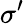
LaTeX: \sigma^{\prime}